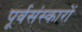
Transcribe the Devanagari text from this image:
पूर्वसंस्कारों